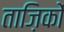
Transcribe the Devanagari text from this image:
ताज़िकों